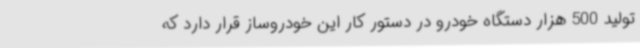
تولید 500 هزار دستگاه خودرو در دستور کار این خودروساز قرار دارد که